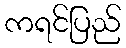
ကရင်ပြည်